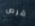
قرص